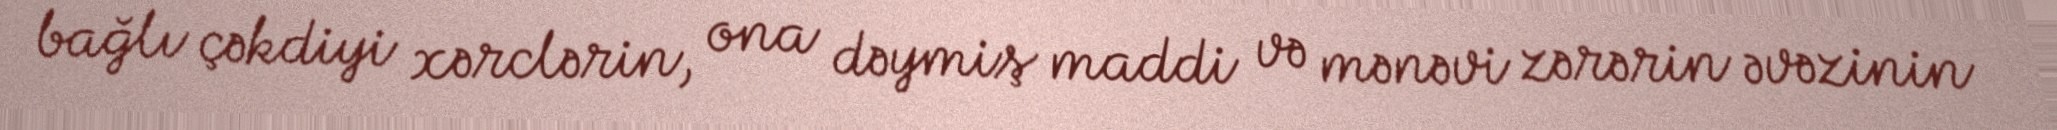
bağlı çəkdiyi xərclərin, ona dəymiş maddi və mənəvi zərərin əvəzinin